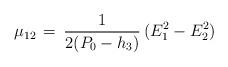
LaTeX: \begin{align*}\mu_{12}\,=\,{1\over2(P_0-h_3)}\,(E_1^2-E_2^2)\end{align*}